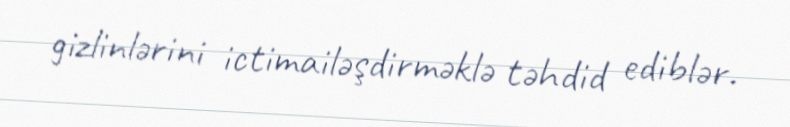
gizlinlərini ictimailəşdirməklə təhdid ediblər.